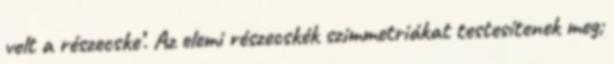
volt a részecske’. Az elemi részecskék szimmetriákat testesítenek meg;